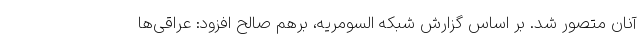
آنان متصور شد. بر اساس گزارش شبکه السومریه، برهم صالح افزود: عراقی‌ها